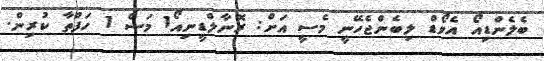
ބެލެންޑިއޯ އެވޯޑް ލިބެންޖެހޭނީ މެސީ އަށް: ރޮނާލްޑީނިއޯ1 މަސް 1 ހަފްތާ ކުރިން.